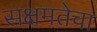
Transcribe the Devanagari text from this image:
सक्षमतेचा